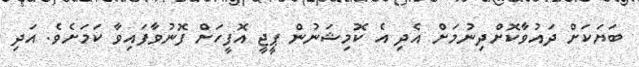
ބަޔަކަށް ދައުވާކޮށްދިނުމަށް އެދި އެ ކޮމިޝަނުން ޕީޖީ އޮފީހަށް ފޮނުވާފަައިވާ ކަމަށެވެ. އަދި